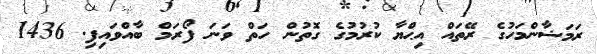
ރަމަޟާންމަހުގެ ރޭތައް އިޙްޔާ ކުރުމުގެ ގޮތުން ހަތް ވަނަ ފޯރަމް ބާއްވައިފި. 1436